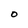
Character: O